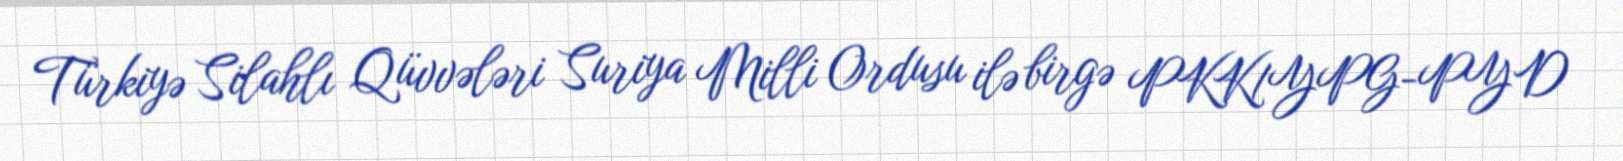
Türkiyə Silahlı Qüvvələri Suriya Milli Ordusu ilə birgə PKK/YPG-PYD